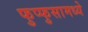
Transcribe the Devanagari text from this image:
फुप्फुसामध्ये